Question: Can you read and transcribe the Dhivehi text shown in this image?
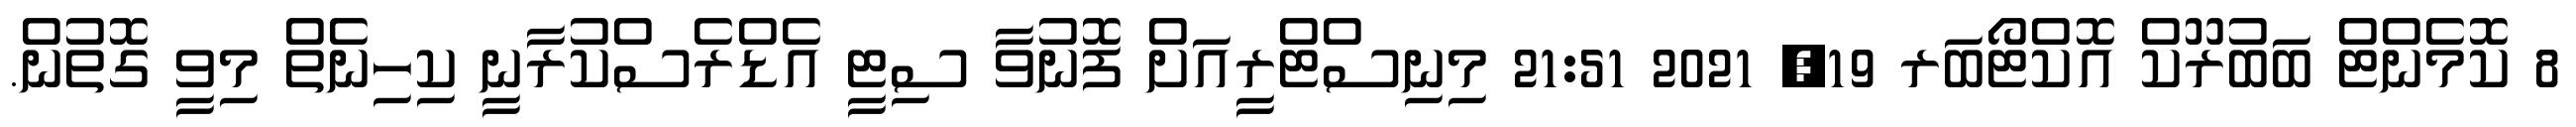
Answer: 8 ކޮމެންޓް ބަބުރޫކް އޮކްޓޯބަރ 19, 2021 21:51 މިނިސްޓްރީއަށް ފޮނުވާ ސިޓީ އެޑްރެސްކުރާނީ ކިހިނެތް މިވީ ގޮތުން.